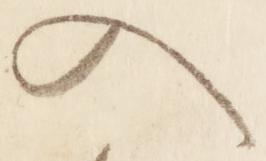
入